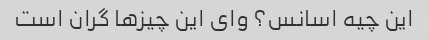
این چیه اسانس؟ وای این چیزها گران است